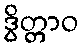
ဒွိတ္တာဝ